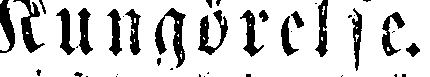
Kungörelse.